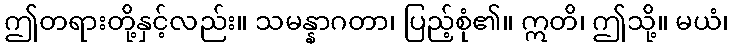
ဤတရားတို့နှင့်လည်း။ သမန္နာဂတာ၊ ပြည့်စုံ၏။ ဣတိ၊ ဤသို့။ မယံ၊